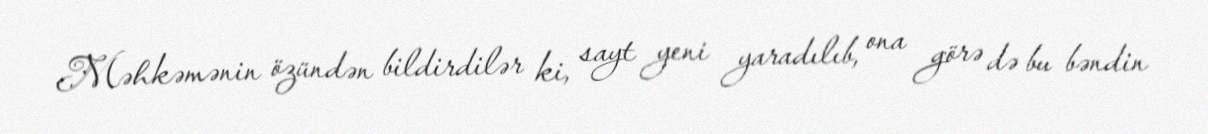
Məhkəmənin özündən bildirdilər ki, sayt yeni yaradılıb, ona görə də bu bəndin